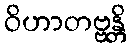
ဝိဟာတဗ္ဗန္တိ